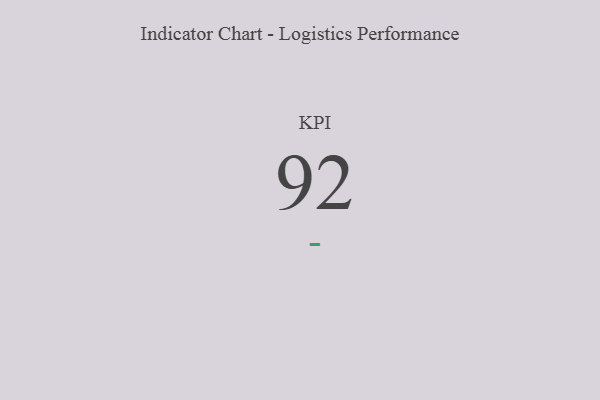
{"axis": {"x": "KPI", "y": "Value"}, "legend": [""], "data": [{"x": "KPI", "y": 92, "type": ""}]}